Report of the Indian Hemp Drugs Commission, 1894-1895 - Volume I
Year: 1894
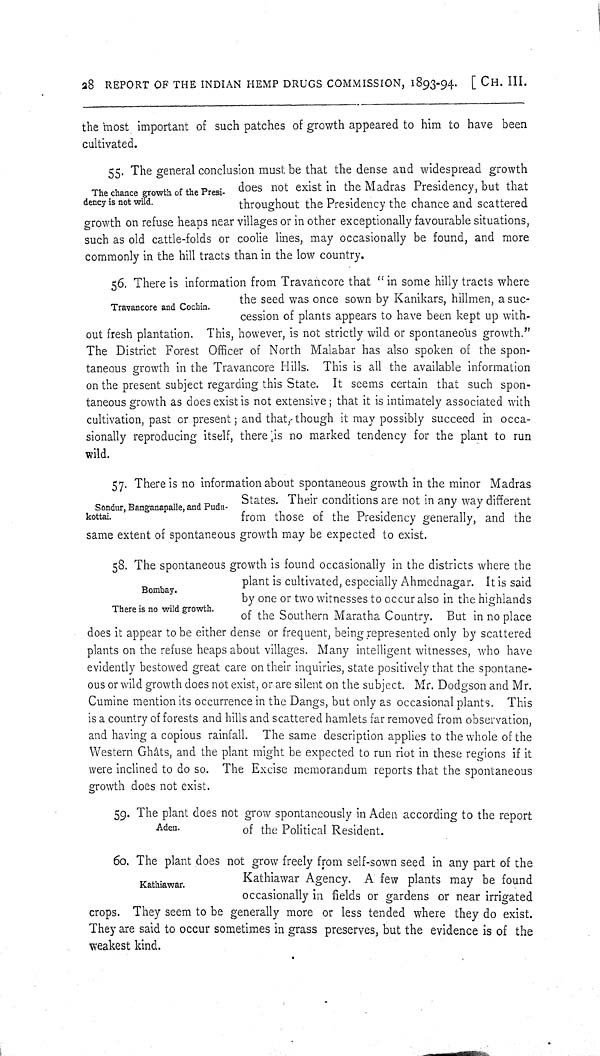
28 REPORT OF THE INDIAN HEMP DRUGS COMMISSION, 1893-94. [CH. III.
the most important of such patches of growth appeared to him to have been
cultivated.
The chance growth of the Presi-
dency is not wild.
55. The general conclusion must be that the dense and widespread growth
does not exist in the Madras Presidency, but that
throughout the Presidency the chance and scattered
growth on refuse heaps near villages or in other exceptionally favourable situations,
such as old cattle-folds or coolie lines, may occasionally be found, and more
commonly in the hill tracts than in the low country.
Travancore and Cochin.
56. There is information from Travancore that "in some hilly tracts where
the seed was once sown by Kanikars, hillmen, a suc-
cession of plants appears to have been kept up with-
out fresh plantation. This, however, is not strictly wild or spontaneous growth."
The District Forest Officer of North Malabar has also spoken of the spon-
taneous growth in the Travancore Hills. This is all the available information
on the present subject regarding this State. It seems certain that such spon-
taneous growth as does exist is not extensive; that it is intimately associated with
cultivation, past or present; and that, though it may possibly succeed in occa-
sionally reproducing itself, there is no marked tendency for the plant to run
wild.
Sondur, Banganapalle, and Pudu-
kottai.
57. There is no information about spontaneous growth in the minor Madras
States. Their conditions are not in any way different
from those of the Presidency generally, and the
same extent of spontaneous growth may be expected to exist.
Bombay.
There is no wild growth.
58. The spontaneous growth is found occasionally in the districts where the
plant is cultivated, especially Ahmednagar. It is said
by one or two witnesses to occur also in the highlands
of the Southern Maratha Country. But in no place
does it appear to be either dense or frequent, being represented only by scattered
plants on the refuse heaps about villages. Many intelligent witnesses, who have
evidently bestowed great care on their inquiries, state positively that the spontane-
ous or wild growth does not exist, or are silent on the subject. Mr. Dodgson and Mr.
Cumine mention its occurrence in the Dangs, but only as occasional plants. This
is a country of forests and hills and scattered hamlets far removed from observation,
and having a copious rainfall. The same description applies to the whole of the
Western Ghâts, and the plant might be expected to run riot in these regions if it
were inclined to do so. The Excise memorandum reports that the spontaneous
growth does not exist.
Aden.
59. The plant does not grow spontaneously in Aden according to the report
of the Political Resident.
Kathiawar.
60. The plant does not grow freely from self-sown seed in any part of the
Kathiawar Agency. A few plants may be found
occasionally in fields or gardens or near irrigated
crops. They seem to be generally more or less tended where they do exist.
They are said to occur sometimes in grass preserves, but the evidence is of the
weakest kind.